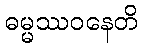
ဓမ္မဿဝနေတိ